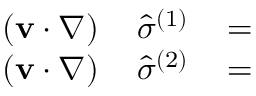
\begin{array} { r l r } { ( { \bf v } \cdot \nabla ) \, } & { { } { \hat { \sigma } } ^ { ( 1 ) } } & { \, = } \\ { ( { \bf v } \cdot \nabla ) \, } & { { } { \hat { \sigma } } ^ { ( 2 ) } } & { \, = } \end{array}